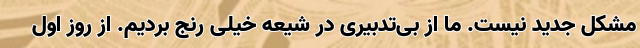
مشکل جدید نیست. ما از بی‌تدبیری در شیعه خیلی رنج بردیم. از روز اول